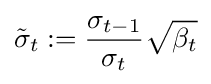
{\tilde {\sigma }}_{t}:={\frac {\sigma _{t-1}}{\sigma _{t}}}{\sqrt {\beta _{t}}}